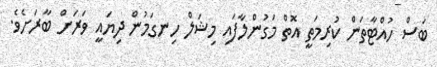
ބަސް ހުއްޓާތަން ކުރިމަތީ އޮތް މަގުންލާފައި މިޝަލް ހިނގަމުން ދިޔައީ ވަރަށް ބާރަށެވެ.